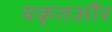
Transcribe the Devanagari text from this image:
यकृतऔर